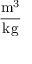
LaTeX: \frac { \mathrm { m ^ { 3 } } } { \mathrm { k g } }